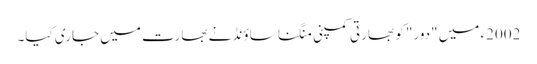
2002ء میں "دور" کو بھارتی کمپنی منگنا ساؤنڈ نے بھارت میں جاری کیا۔